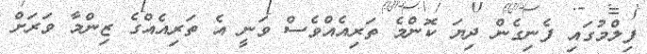
ފިލްމުގައި ފެނިގެން ދިޔަ ކޮންމެ ތަރިއެއްވެސް ވަނީ އެ ތަރިއެއްގެ ޒިންމާ ވަރަށް